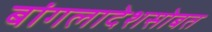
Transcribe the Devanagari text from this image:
बांगलादेशसोबत